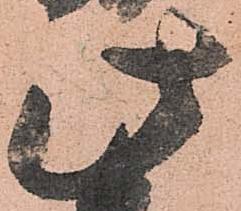
此